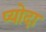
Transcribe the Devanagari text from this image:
प्योदा